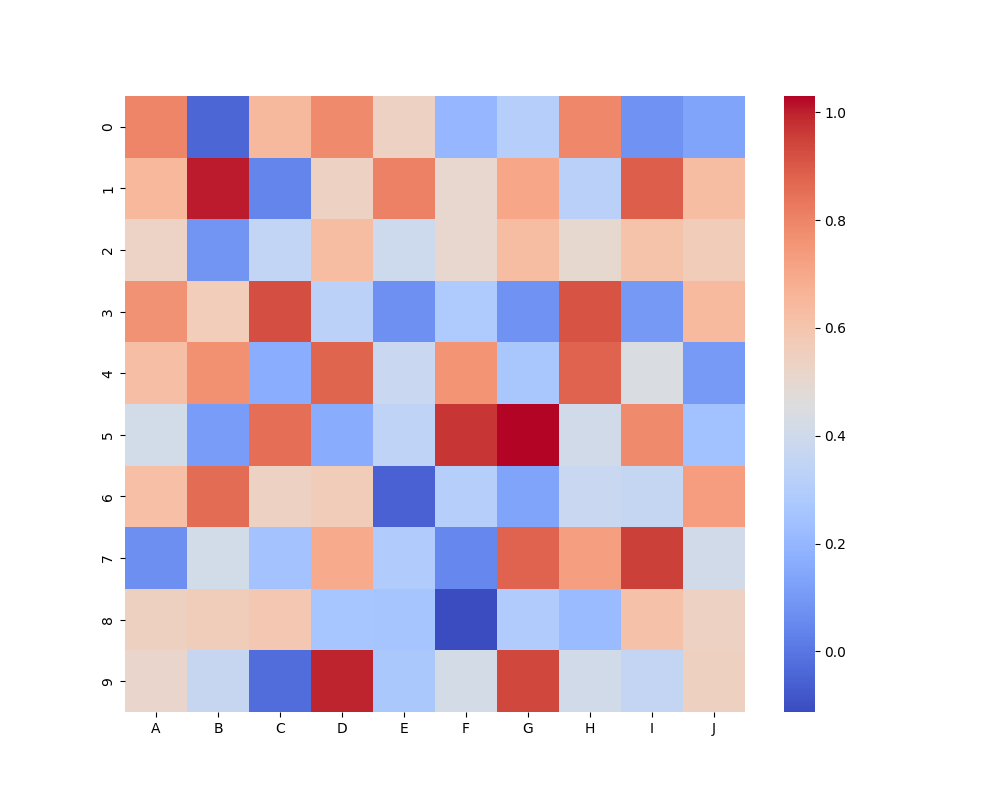
python, seaborn, heatmap, cmap='coolwarm', linewidths=0.0, center=none